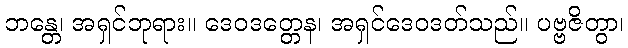
ဘန္တေ၊ အရှင်ဘုရား။ ဒေဝဒတ္တေန၊ အရှင်ဒေဝဒတ်သည်။ ပဗ္ဗဇိတွာ၊